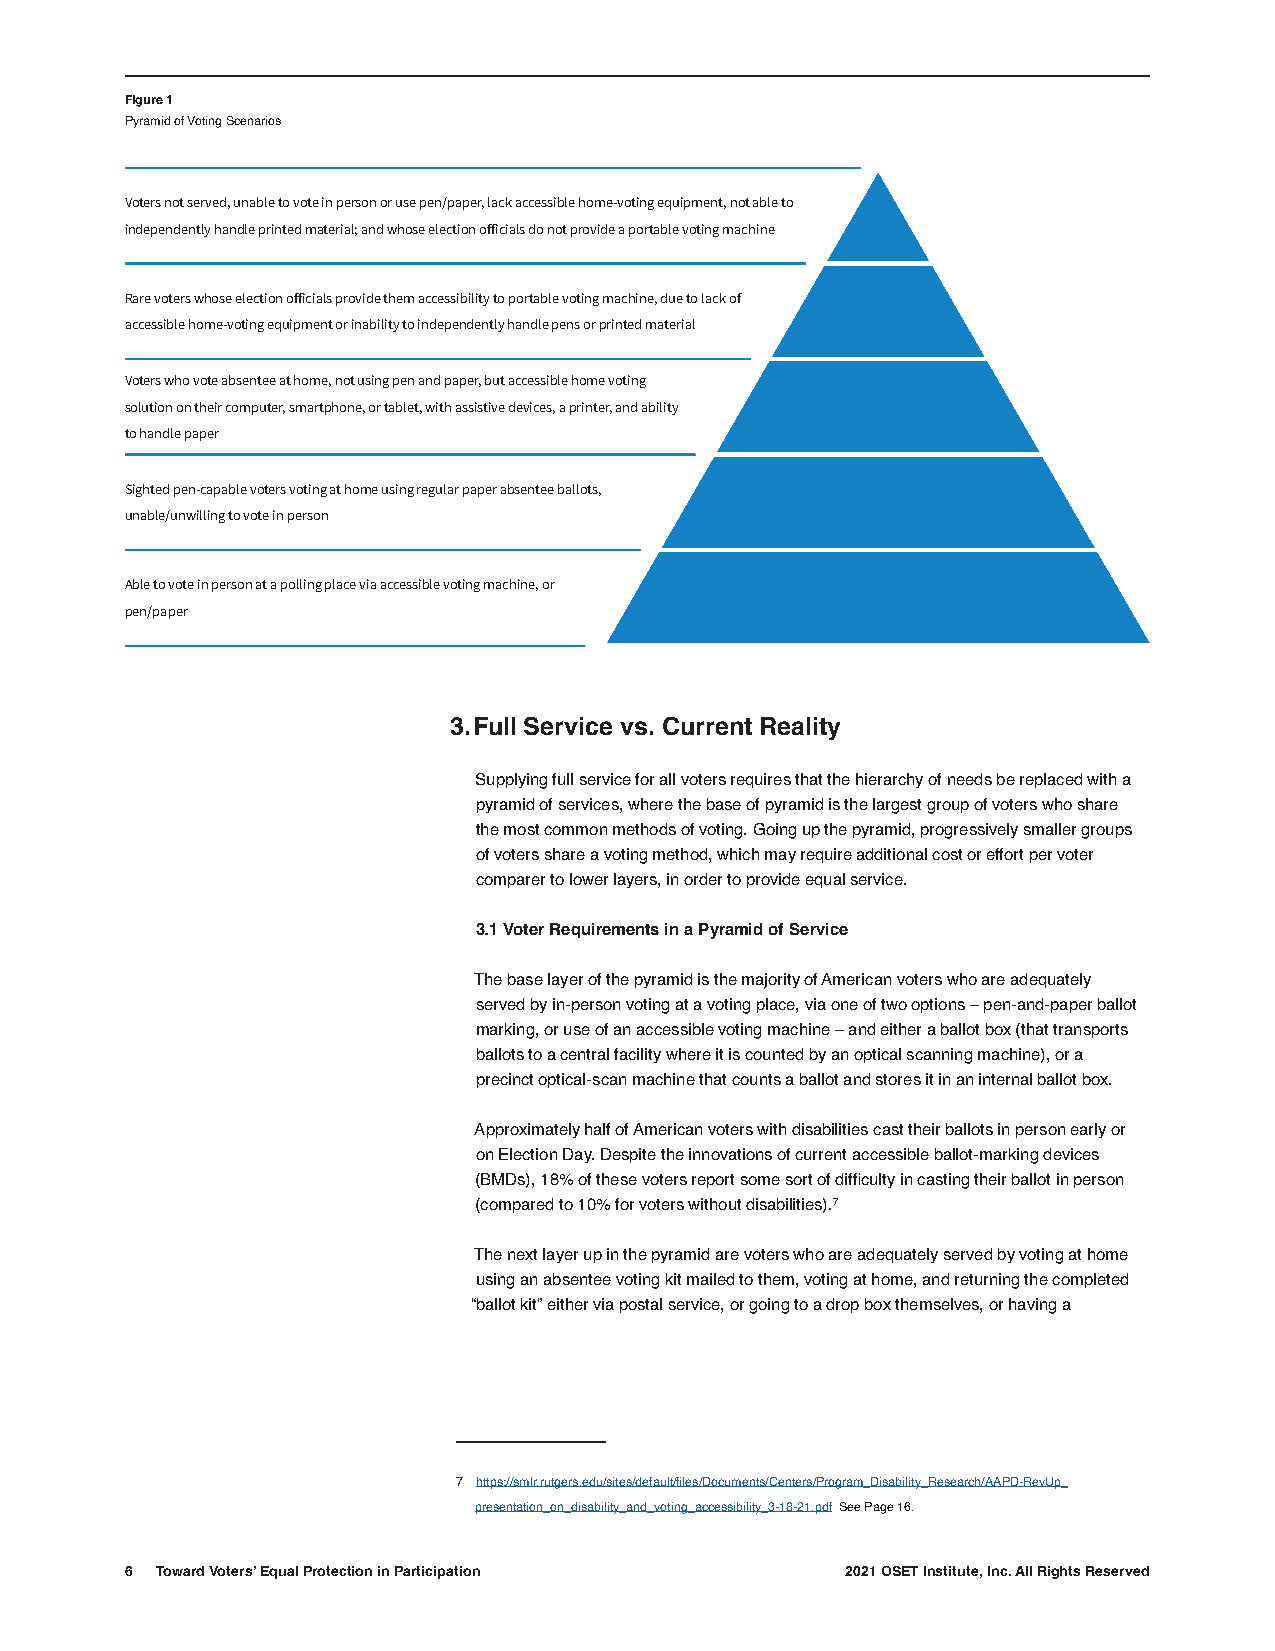
Figure 1
 Pyramid of Voting Scenarios
 Voters not served, unable to vote in person or use pen/paper, lack accessible home-voting equipment, not able to
 independently handle printed material; and whose election officials do not provide a portable voting machine
 Rare voters whose election officials provide them accessibility to portable voting machine, due to lack of
 accessible home-voting equipment or inability to independently handle pens or printed material
 Voters who vote absentee at home, not using pen and paper, but accessible home voting
 solution on their computer, smartphone, or tablet, with assistive devices, a printer, and ability
 to handle paper
 Sighted pen-capable voters voting at home using regular paper absentee ballots,
 unable/unwilling to vote in person
 Able to vote in person at a polling place via accessible voting machine, or
 pen/paper
 3. Full Service vs. Current Reality
 Supplying full service for all voters requires that the hierarchy of needs be replaced with a
 pyramid of services, where the base of pyramid is the largest group of voters who share
 the most common methods of voting. Going up the pyramid, progressively smaller groups
 of voters share a voting method, which may require additional cost or effort per voter
 comparer to lower layers, in order to provide equal service.
 3.1 Voter Requirements in a Pyramid of Service
 The base layer of the pyramid is the majority of American voters who are adequately
 served by in-person voting at a voting place, via one of two options – pen-and-paper ballot
 marking, or use of an accessible voting machine – and either a ballot box (that transports
 ballots to a central facility where it is counted by an optical scanning machine), or a
 precinct optical-scan machine that counts a ballot and stores it in an internal ballot box.
 Approximately half of American voters with disabilities cast their ballots in person early or
 on Election Day. Despite the innovations of current accessible ballot-marking devices
 (BMDs), 18% of these voters report some sort of difficulty in casting their ballot in person
 (compared to 10% for voters without disabilities).7
 The next layer up in the pyramid are voters who are adequately served by voting at home
 using an absentee voting kit mailed to them, voting at home, and returning the completed
 “ballot kit” either via postal service, or going to a drop box themselves, or having a
 7 https://smlr.rutgers.edu/sites/default/files/Documents/Centers/Program_Disability_Research/AAPD-RevUp_
 presentation_on_disability_and_voting_accessibility_3-18-21.pdf See Page 16.
 6 Toward Voters’ Equal Protection in Participation 2021 OSET Institute, Inc. All Rights Reserved